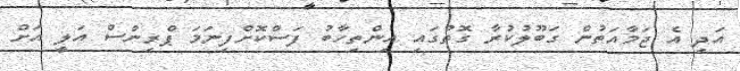
އަދި އެ ޖަމާއަތުން ގަބޫލުކުރާ ގޮތުގައި އިންތިހާބު ފަސްކޮށްފިނަމަ ޕްރިންސް އަލީ އަށް